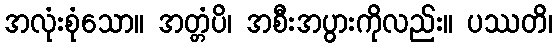
အလုံးစုံသော။ အတ္တံပိ၊ အစီးအပွားကိုလည်း။ ပဿတိ၊